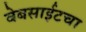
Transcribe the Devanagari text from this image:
वेबसाईटचा